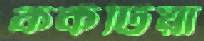
কর্কটিয়া